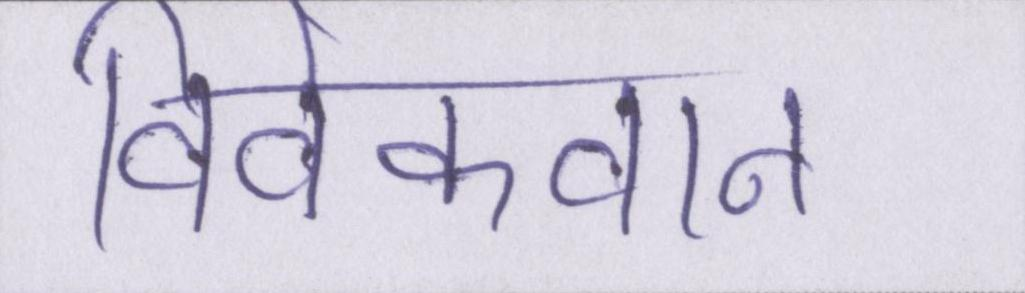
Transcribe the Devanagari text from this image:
विवेकवान